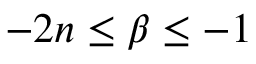
- 2 n \leq \beta \leq - 1